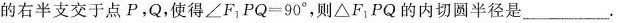
的右半支交于点P，Q，使得∠F_{1}PQ=90°，则△F_{1}PQ的内切圆半径是____。